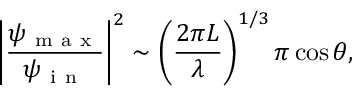
\left| \frac { \psi _ { \mathrm { ~ m ~ a ~ x ~ } } } { \psi _ { \mathrm { ~ i ~ n ~ } } } \right| ^ { 2 } \sim \left( \frac { 2 \pi L } { \lambda } \right) ^ { 1 / 3 } \pi \cos \theta ,